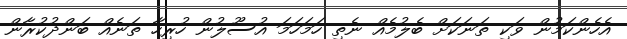
އެހެންކަމުން ވަކި ތަނަކަށް ބެލުމެއް ނެތި ހަމަހަމަ އުސޫލުން ހުރިހާ ތަނެއް ބަންދުކުރާން